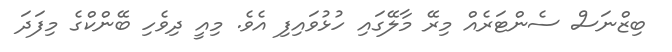
ބިޒްނަސް ސެންޓަރެއް މިރޭ މާލޭގައި ހުޅުވައިފި އެވެ. މިއީ ދިވެހި ބޭންކްގެ މިފަދަ